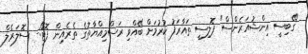
"ގޭބިސީ އިންޝުއަރެންސް" ޕޮލިސީ ތައާރަފު ކުރުމަށް ބޭއްވި ރަސްމިއްޔާތުގެ ތެރެއިން ފޮޓޯ:- ސޮލަރެލް